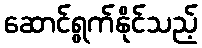
ဆောင်ရွက်နိုင်သည့်